Annual vaccination report of Bihar and Orissa - 1911-1928
Year: 1911
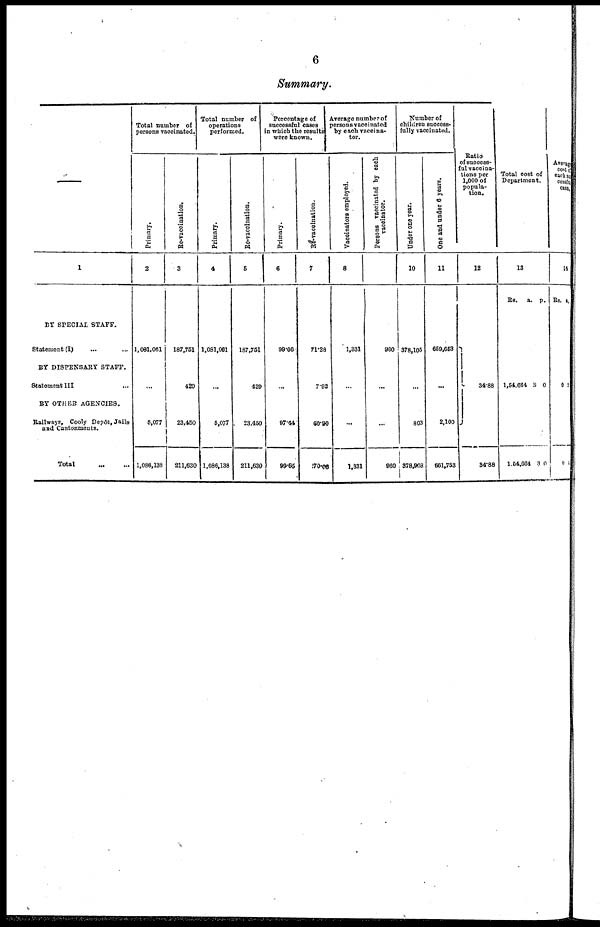
6
Summary.
—
1
BY SPECIAL STAFF.
Statement (I)... ...
BY DISPENSARY STAFF.
Statement III... ...
BY OTHER AGENCIES.
Railways, Cooly Depôt, Jails
and Cantonments.
Total... ...
Total number of
persons vaccinated.
Primary.
2
1,081,061
...
...
...
5,077
1,086,138
Re-vaccination.
3
187,751
...
429
...
23,450
211,630
Total number of
operations
performed.
Primary.
4
1,081,061
...
...
...
5,077
1,086,138
Re-vaccination.
5
187,751
...
420
...
23,450
211,630
Percentage of
successful cases
in which the results
were known.
Primary.
6
99.66
...
...
...
97.44
99.65
Re-vaccination.
7
71.28
...
7.92
...
60.90
70.00
Average number of
persons vaccinated
by each vaccina-
tor.
Vaccinators employed.
8
1,331
...
...
...
...
1,331
Per s ons va c c i na t e d by each
vaccinator.
960
...
...
...
...
960
Number of
children success-
fully vaccinated.
Unde r one year.
10
378,105
...
...
...
803
378,903
One and u n d e r 6 years.
11
659,653
...
...
...
2,100
661,753
Ratio
of success-
ful vaccina-
tions per
1,000 of
popula-
tion.
12
34.88
34.88
Total cost of
Department.
13
RS.
1,54,664
1,54,664
a.
3
3
P.
0
0
Average
cost of
each suc
cessful
case.
14
Rs.
0
0
a.
1
0